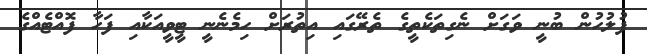
ފުލުހުން ބުނީ ވަގަށް ނެގިތަކެތީގެ ތެރޭގައި އިތުރަށް ހިމެނެނީ ޓީވީއަކާއި ފަހާ ފޮއްޓެއްގެ